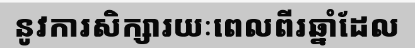
នូវការសិក្សារយៈពេលពីរឆ្នាំដែល